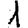
Digit: 1